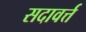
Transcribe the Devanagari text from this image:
सदावर्त्त